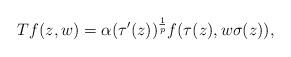
LaTeX: \begin{align*}Tf(z, w) = \alpha (\tau'(z))^{\frac{1}{p}} f(\tau(z), w \sigma(z)),\end{align*}